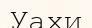
Уахи